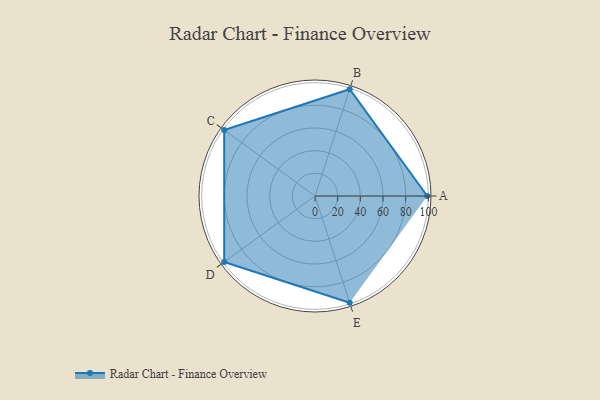
{"axis": {"x": "Skill", "y": "Score"}, "legend": ["Profile"], "data": [{"x": "A", "y": 99, "type": "Profile"}, {"x": "B", "y": 99, "type": "Profile"}, {"x": "C", "y": 99, "type": "Profile"}, {"x": "D", "y": 99, "type": "Profile"}, {"x": "E", "y": 99, "type": "Profile"}]}